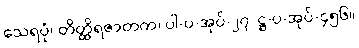
သေရပုံ၊ တိတ္ထိရဇာတက၊ ပါ-ပ-အုပ်-၂၇၊ ဋ္ဌ-ပ-အုပ်-၄၅၆။